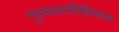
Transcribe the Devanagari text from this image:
गुरुप्राप्तीशिवाय